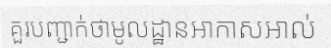
គួរបញ្ជាក់ថាមូលដ្ឋានអាកាសអាល់